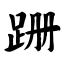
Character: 跚